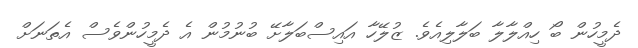
ދެމީހުން ބޯ ހިއްލާލާ ބަލާލިއެވެ. ޒުލޭހާ އައިސްބަލާށޭ ބުނުމުން އެ ދެމީހުންވެސް އެތަނަށް